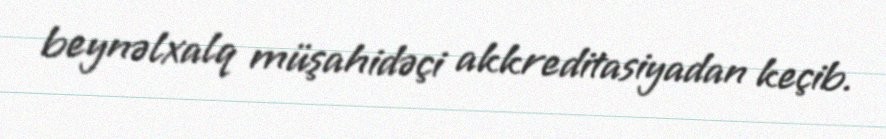
beynəlxalq müşahidəçi akkreditasiyadan keçib.